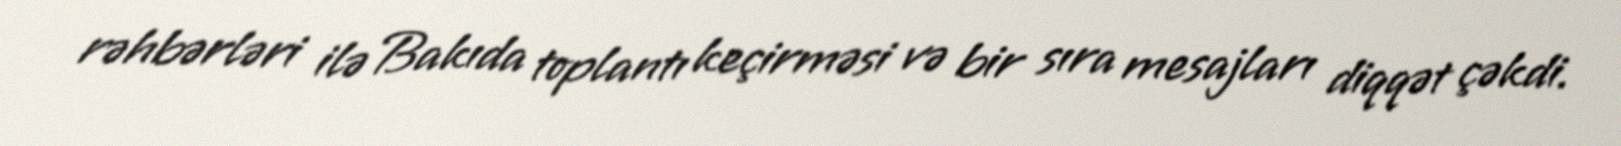
rəhbərləri ilə Bakıda toplantı keçirməsi və bir sıra mesajları diqqət çəkdi.